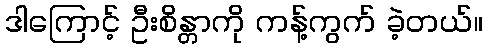
ဒါကြောင့် ဦးစိန္တာကို ကန့်ကွက် ခဲ့တယ်။